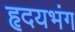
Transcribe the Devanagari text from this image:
हृदयभंग